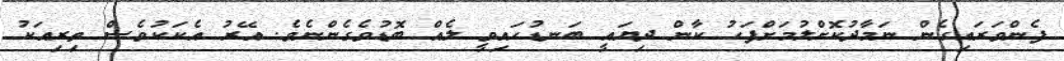
ފެންވަރައިގެން ނަމާދުކޮށްލުމަށްފަހު ކާން ދިޔައީ ބަނޑުހައިވީ ލެއް ބޮޑުވެގެންނެވެ. އޭރު އެކަކުވެސް ތިރިއަކު